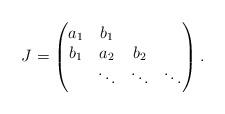
LaTeX: \begin{align*}J = \begin{pmatrix} a_1 &b_1\\ b_1&a_2&b_2\\&\ddots &\ddots &\ddots\end{pmatrix}.\end{align*}